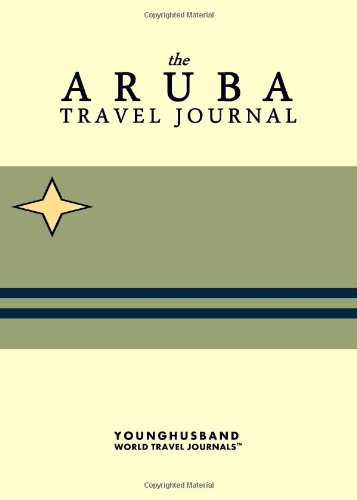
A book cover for The Aruba Travel Journal; Younghusband World Travel Journals; Travel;